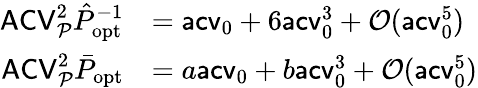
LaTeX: \begin{array}{rl}{\mathsf{ACV}_{\mathcal P}^{2}\hat{P}_{\mathrm{opt}}^{-1}}&{=\mathsf{acv}_{0}+6\mathsf{acv}_{0}^{3}+\mathcal O(\mathsf{acv}_{0}^{5})}\\ {\mathsf{ACV}_{\mathcal P}^{2}\bar{P}_{\mathrm{opt}}}&{=a\mathsf{acv}_{0}+b\mathsf{acv}_{0}^{3}+\mathcal O(\mathsf{acv}_{0}^{5})}\end{array}